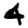
Digit: 4